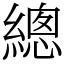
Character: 總